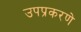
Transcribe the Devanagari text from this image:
उपप्रकरणे